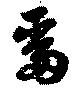
留